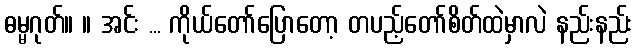
ဓမ္မဂုတ်။ ။ အင်း ... ကိုယ်တော်ပြောတော့ တပည့်တော်စိတ်ထဲမှာလဲ နည်းနည်း